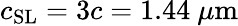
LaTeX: c_{\mathrm{{SL}}}=3c=1.44~\mu\mathrm{{m}}